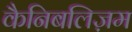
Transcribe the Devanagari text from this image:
कैनिबलिज़म